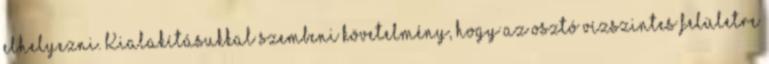
elhelyezni. Kialakításukkal szembeni követelmény, hogy az osztó vízszintes felületre